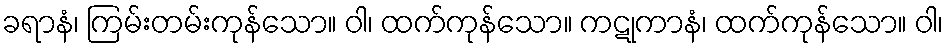
ခရာနံ၊ ကြမ်းတမ်းကုန်သော။ ဝါ၊ ထက်ကုန်သော။ ကဋုကာနံ၊ ထက်ကုန်သော။ ဝါ၊